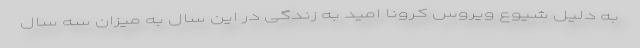
به دلیل شیوع ویروس کرونا امید به زندگی در این سال به میزان سه سال